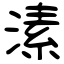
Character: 溸